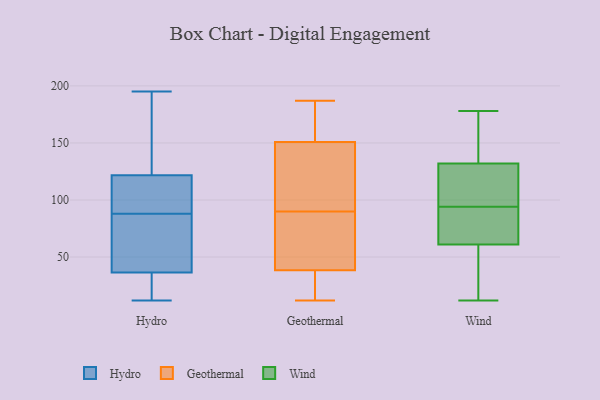
{"axis": {"x": "Tickets Resolved", "y": "Value"}, "legend": ["Geothermal", "Hydro", "Wind"], "data": [{"x": "", "y": 174, "type": "Hydro"}, {"x": "", "y": 105, "type": "Hydro"}, {"x": "", "y": 107, "type": "Hydro"}, {"x": "", "y": 97, "type": "Hydro"}, {"x": "", "y": 18, "type": "Hydro"}, {"x": "", "y": 13, "type": "Hydro"}, {"x": "", "y": 184, "type": "Hydro"}, {"x": "", "y": 67, "type": "Hydro"}, {"x": "", "y": 88, "type": "Hydro"}, {"x": "", "y": 71, "type": "Hydro"}, {"x": "", "y": 35, "type": "Hydro"}, {"x": "", "y": 177, "type": "Hydro"}, {"x": "", "y": 15, "type": "Hydro"}, {"x": "", "y": 41, "type": "Hydro"}, {"x": "", "y": 123, "type": "Hydro"}, {"x": "", "y": 195, "type": "Hydro"}, {"x": "", "y": 12, "type": "Hydro"}, {"x": "", "y": 118, "type": "Hydro"}, {"x": "", "y": 71, "type": "Hydro"}, {"x": "", "y": 19, "type": "Geothermal"}, {"x": "", "y": 25, "type": "Geothermal"}, {"x": "", "y": 61, "type": "Geothermal"}, {"x": "", "y": 150, "type": "Geothermal"}, {"x": "", "y": 153, "type": "Geothermal"}, {"x": "", "y": 175, "type": "Geothermal"}, {"x": "", "y": 12, "type": "Geothermal"}, {"x": "", "y": 104, "type": "Geothermal"}, {"x": "", "y": 187, "type": "Geothermal"}, {"x": "", "y": 90, "type": "Geothermal"}, {"x": "", "y": 43, "type": "Geothermal"}, {"x": "", "y": 93, "type": "Geothermal"}, {"x": "", "y": 59, "type": "Geothermal"}, {"x": "", "y": 164, "type": "Wind"}, {"x": "", "y": 112, "type": "Wind"}, {"x": "", "y": 78, "type": "Wind"}, {"x": "", "y": 94, "type": "Wind"}, {"x": "", "y": 94, "type": "Wind"}, {"x": "", "y": 12, "type": "Wind"}, {"x": "", "y": 76, "type": "Wind"}, {"x": "", "y": 119, "type": "Wind"}, {"x": "", "y": 132, "type": "Wind"}, {"x": "", "y": 178, "type": "Wind"}, {"x": "", "y": 38, "type": "Wind"}, {"x": "", "y": 61, "type": "Wind"}, {"x": "", "y": 15, "type": "Wind"}, {"x": "", "y": 173, "type": "Wind"}]}